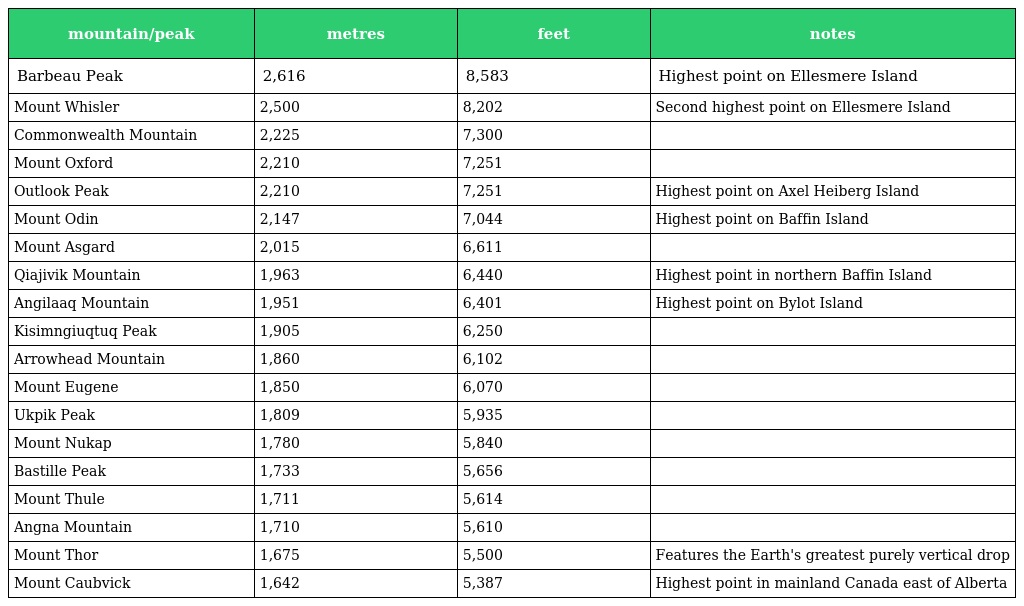
| mountain/peak | metres | feet | notes |
 | --- | --- | --- | --- |
 | Barbeau Peak | 2,616 | 8,583 | Highest point on Ellesmere Island |
 | Mount Whisler | 2,500 | 8,202 | Second highest point on Ellesmere Island |
 | Commonwealth Mountain | 2,225 | 7,300 |  |
 | Mount Oxford | 2,210 | 7,251 |  |
 | Outlook Peak | 2,210 | 7,251 | Highest point on Axel Heiberg Island |
 | Mount Odin | 2,147 | 7,044 | Highest point on Baffin Island |
 | Mount Asgard | 2,015 | 6,611 |  |
 | Qiajivik Mountain | 1,963 | 6,440 | Highest point in northern Baffin Island |
 | Angilaaq Mountain | 1,951 | 6,401 | Highest point on Bylot Island |
 | Kisimngiuqtuq Peak | 1,905 | 6,250 |  |
 | Arrowhead Mountain | 1,860 | 6,102 |  |
 | Mount Eugene | 1,850 | 6,070 |  |
 | Ukpik Peak | 1,809 | 5,935 |  |
 | Mount Nukap | 1,780 | 5,840 |  |
 | Bastille Peak | 1,733 | 5,656 |  |
 | Mount Thule | 1,711 | 5,614 |  |
 | Angna Mountain | 1,710 | 5,610 |  |
 | Mount Thor | 1,675 | 5,500 | Features the Earth's greatest purely vertical drop |
 | Mount Caubvick | 1,642 | 5,387 | Highest point in mainland Canada east of Alberta |